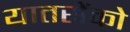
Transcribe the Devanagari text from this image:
यातसेंको